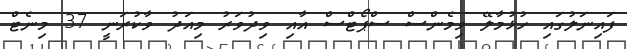
ފައިނަލުގައި ހުޅުމާލޭ ވިމެންސް ސްޕޯޓްސް އާއި ވިދުވަރު މިއަދު ވާކުރަނީ 37 މިނެޓް